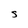
Character: S